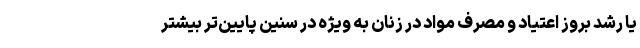
یا رشد بروز اعتیاد و مصرف مواد در زنان به ویژه در سنین پایین‌تر بیشتر